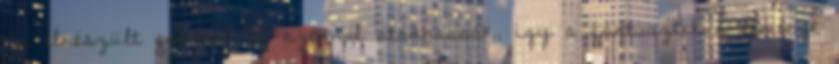
az elkészült felvételeket azonnal átadhassák, így a fantasztikus élményt